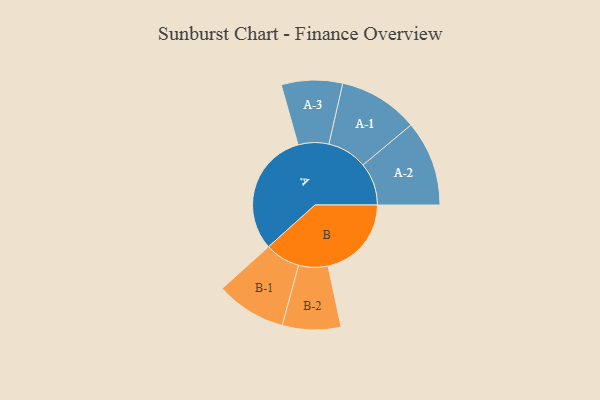
{"axis": {"x": "Segment", "y": "Value"}, "legend": ["", "A", "B"], "data": [{"x": "A", "y": 464, "type": ""}, {"x": "B", "y": 311, "type": ""}, {"x": "A-1", "y": 149, "type": "A"}, {"x": "A-2", "y": 159, "type": "A"}, {"x": "A-3", "y": 114, "type": "A"}, {"x": "B-1", "y": 131, "type": "B"}, {"x": "B-2", "y": 109, "type": "B"}]}